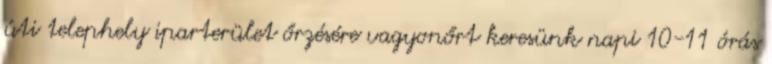
úti telephely iparterület őrzésére vagyonőrt keresünk napi 10-11 órás